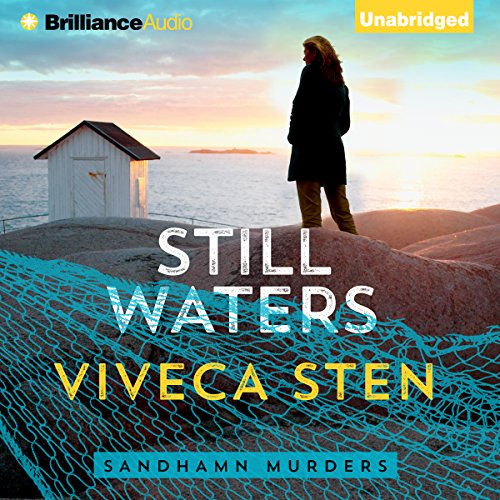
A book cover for Still Waters: Sandhamn Murders, Book 1; Viveca Sten; Mystery, Thriller & Suspense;